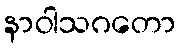
နာဝါသဂတော